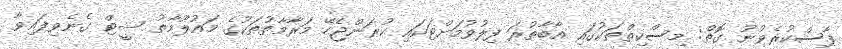
ފާސްކުރެވުނު ގޮތް: މިސްކިތްތަކުގައި އާބާތުރަ ފިލުވުމަށްޓަކައި ކުރަންޖެހޭ މަރާމާތުތަކުގެ މައުލޫމާތު ޝީޓް ގެނެވިފައިވާ